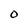
Character: o